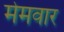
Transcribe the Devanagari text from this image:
मेमवार